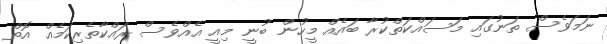
ނަމަވެސް ތަނުގައި މަސައްކަތްކުރާ ބައެއް މީހުން ބުނީ މިއީ އެއްވެސް ރައްކާތެރިކަމެއް އޮތް